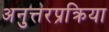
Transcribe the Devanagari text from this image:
अनुत्तरप्रक्रिया